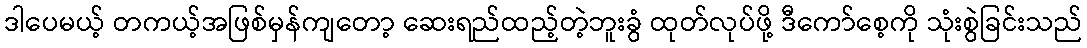
ဒါပေမယ့် တကယ့်အဖြစ်မှန်ကျတော့ ဆေးရည်ထည့်တဲ့ဘူးခွံ ထုတ်လုပ်ဖို့ ဒီကော်စေ့ကို သုံးစွဲခြင်းသည်